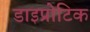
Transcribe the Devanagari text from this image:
डाइप्रोटिक